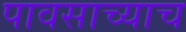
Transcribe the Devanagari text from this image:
पावसाच्याच